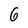
Character: 6